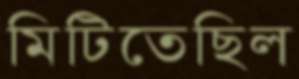
মিটিতেছিল